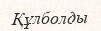
Құлболды